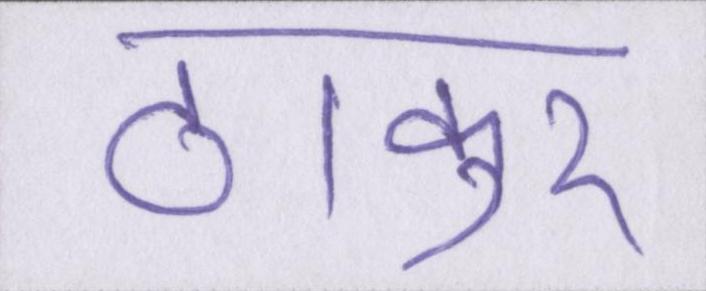
ठाकुर